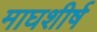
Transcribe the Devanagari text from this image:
माघशीर्ष